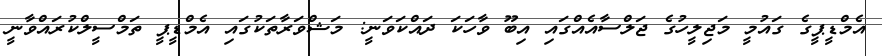
އެމްޑީޕީގެ ގައުމީ މަޖިލީހުގެ ޖަލްސާއެއްގައި އިބޫ ވާހަކަ ދައްކަވަނީ: މަޝްވަރާތަކުގައި އެމްޑީޕީ ތަމްސީލްކުރައްވާނީ